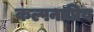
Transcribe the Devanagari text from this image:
कल्पनाप्रिय